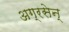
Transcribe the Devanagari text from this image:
अग्रसेन्